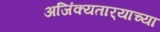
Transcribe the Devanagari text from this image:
अजिंक्यतार्‍याच्या